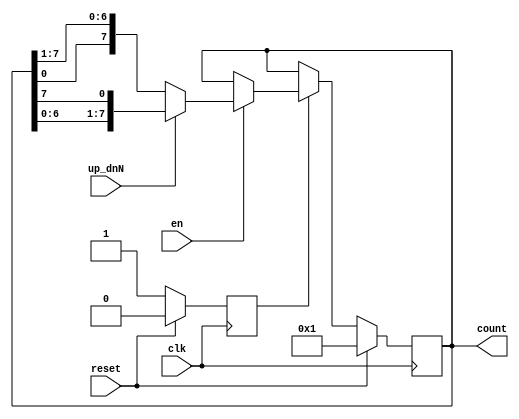
`timescale 1ns / 1ps
/* /////////////////////////////////////////////////////////////////////////////////

Question: 4

Up/Down Ring-Counter

If reset is 1 at posedge clk, output is reset to 0.
If reset is 0 and en (enable) is 1, output periodically shifts (left)/(right) by 1 bit when up_dnN is (1)/(0) starting at 1 every clock-cycle.
If reset is 0 and en is also 0, the output stays at previous value until the next posedge clk.
When reset is changed from 1->0 and en is 1, the counter starts shifting left/right from 1 the next from the subsequent posedge of clock.

*/ /////////////////////////////////////////////////////////////////////////////////
module counter_updown8(
    input clk,
    input reset,
    input en,
    input up_dnN,
    output reg [7:0] count
    );
	 
	 
	 

	reg flag = 0;

	always @ (posedge clk) begin
	
		if (~reset) begin
		
			if(flag) begin
				if(en) begin
					if(up_dnN) begin
						count <= {count[6:0], count[7]};
					end
					
					else begin
						count <= {count[0], count[7:1]};
					end
				end
			end
			
			else begin
				flag <= 1'b1;
			end
		end
		
		else begin
			count <= 8'b00000001;
			flag <= 1'b0;
		end
	end



endmodule